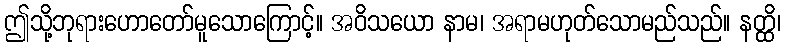
ဤသို့ဘုရားဟောတော်မူသောကြောင့်။ အဝိသယော နာမ၊ အရာမဟုတ်သောမည်သည်။ နတ္ထိ၊